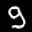
Label: 9